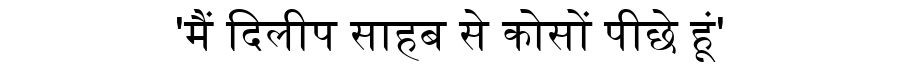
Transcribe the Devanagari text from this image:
'मैं दिलीप साहब से कोसों पीछे हूं'